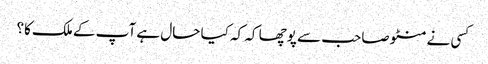
کسی نے منٹو صاحب سے پوچھا کہ کہ کیا حال ہے آپ کے ملک کا؟